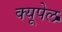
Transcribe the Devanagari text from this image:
क्यूपेल